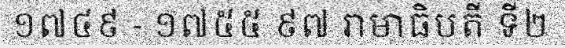
១៧៤៩ - ១៧៥៥ ៩៧ រាមាធិបតី ទី២